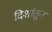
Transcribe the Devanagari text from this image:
दिशांतून